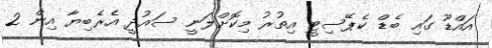
އައްޑޫ ގައި ބެޑް ކެޕޭސިޓީ އިތުރު މިކޮޮށްލަނީ ސައުދީ އެރެބިޔާ އިން 2